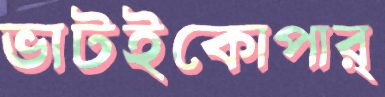
ভাটইকোপার্